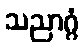
သညာဂ္ဂံ